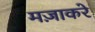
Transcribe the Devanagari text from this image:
मज़ाकरे